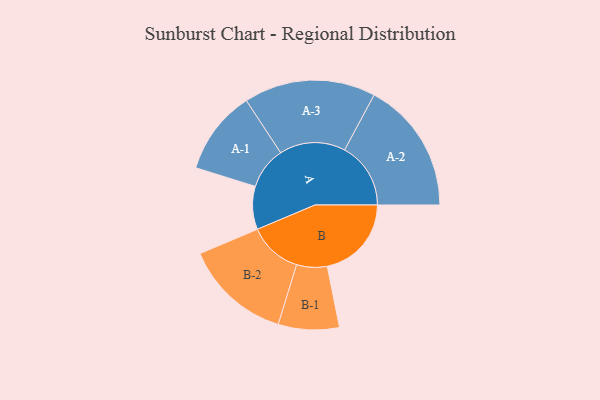
{"axis": {"x": "Segment", "y": "Value"}, "legend": ["", "A", "B"], "data": [{"x": "A", "y": 181, "type": ""}, {"x": "B", "y": 354, "type": ""}, {"x": "A-1", "y": 177, "type": "A"}, {"x": "A-2", "y": 278, "type": "A"}, {"x": "A-3", "y": 277, "type": "A"}, {"x": "B-1", "y": 128, "type": "B"}, {"x": "B-2", "y": 225, "type": "B"}]}